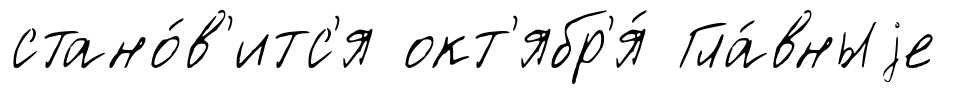
стано́в'итс'я окт'ябр'я́ Гла́вныjе